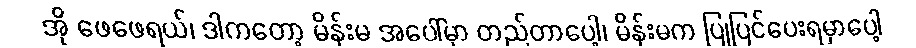
အို ဖေဖေရယ်၊ ဒါကတော့ မိန်းမ အပေါ်မှာ တည်တာပေါ့၊ မိန်းမက ပြုပြင်ပေးရမှာပေါ့